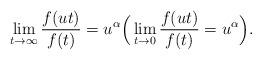
LaTeX: \begin{align*}\lim_{t\to\infty}\frac{f(ut)}{f(t)} = u^\alpha\Big( \lim_{t\to 0}\frac{f(u t)}{f(t)}= u^\alpha\Big).\end{align*}